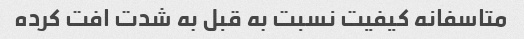
متاسفانه کیفیت نسبت به قبل به شدت افت کرده